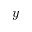
y